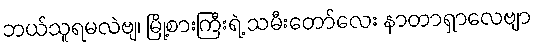
ဘယ်သူရမလဲဗျ၊ မြို့စားကြီးရဲ့ သမီးတော်လေး နာတာရှာလေဗျာ